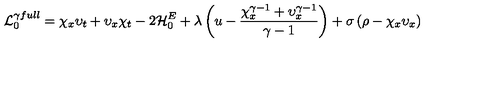
{ \cal L } _ { 0 } ^ { \gamma f u l l } = \chi _ { x } \upsilon _ { t } + \upsilon _ { x } \chi _ { t } - 2 { \cal H } _ { 0 } ^ { E } + \lambda \left( u - \frac { \chi _ { x } ^ { \gamma - 1 } + \upsilon _ { x } ^ { \gamma - 1 } } { \gamma - 1 } \right) + \sigma \left( \rho - \chi _ { x } \upsilon _ { x } \right)